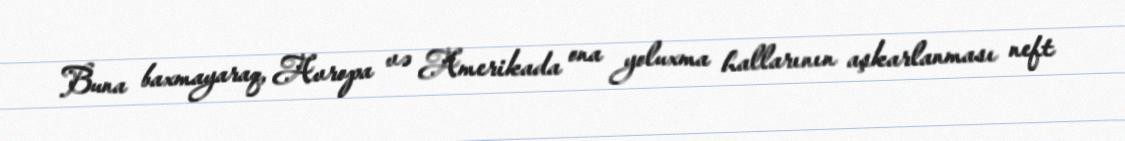
Buna baxmayaraq, Avropa və Amerikada ona yoluxma hallarının aşkarlanması neft